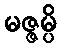
မဇ္ဇမ္ပိ